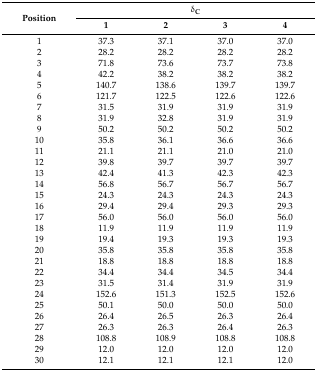
<table><thead><tr><td rowspan="2"><b>Position</b></td><td colspan="4"><b>δ<sub>C</sub></b></td></tr><tr><td><b>1</b></td><td><b>2</b></td><td><b>3</b></td><td><b>4</b></td></tr></thead><tbody><tr><td>1</td><td>37.3</td><td>37.1</td><td>37.0</td><td>37.0</td></tr><tr><td>2</td><td>28.2</td><td>28.2</td><td>28.2</td><td>28.2</td></tr><tr><td>3</td><td>71.8</td><td>73.6</td><td>73.7</td><td>73.8</td></tr><tr><td>4</td><td>42.2</td><td>38.2</td><td>38.2</td><td>38.2</td></tr><tr><td>5</td><td>140.7</td><td>138.6</td><td>139.7</td><td>139.7</td></tr><tr><td>6</td><td>121.7</td><td>122.5</td><td>122.6</td><td>122.6</td></tr><tr><td>7</td><td>31.5</td><td>31.9</td><td>31.9</td><td>31.9</td></tr><tr><td>8</td><td>31.9</td><td>32.8</td><td>31.9</td><td>31.9</td></tr><tr><td>9</td><td>50.2</td><td>50.2</td><td>50.2</td><td>50.2</td></tr><tr><td>10</td><td>35.8</td><td>36.1</td><td>36.6</td><td>36.6</td></tr><tr><td>11</td><td>21.1</td><td>21.1</td><td>21.0</td><td>21.0</td></tr><tr><td>12</td><td>39.8</td><td>39.7</td><td>39.7</td><td>39.7</td></tr><tr><td>13</td><td>42.4</td><td>41.3</td><td>42.3</td><td>42.3</td></tr><tr><td>14</td><td>56.8</td><td>56.7</td><td>56.7</td><td>56.7</td></tr><tr><td>15</td><td>24.3</td><td>24.3</td><td>24.3</td><td>24.3</td></tr><tr><td>16</td><td>29.4</td><td>29.4</td><td>29.3</td><td>29.3</td></tr><tr><td>17</td><td>56.0</td><td>56.0</td><td>56.0</td><td>56.0</td></tr><tr><td>18</td><td>11.9</td><td>11.9</td><td>11.9</td><td>11.9</td></tr><tr><td>19</td><td>19.4</td><td>19.3</td><td>19.3</td><td>19.3</td></tr><tr><td>20</td><td>35.8</td><td>35.8</td><td>35.8</td><td>35.8</td></tr><tr><td>21</td><td>18.8</td><td>18.8</td><td>18.8</td><td>18.8</td></tr><tr><td>22</td><td>34.4</td><td>34.4</td><td>34.5</td><td>34.4</td></tr><tr><td>23</td><td>31.5</td><td>31.4</td><td>31.9</td><td>31.9</td></tr><tr><td>24</td><td>152.6</td><td>151.3</td><td>152.5</td><td>152.6</td></tr><tr><td>25</td><td>50.1</td><td>50.0</td><td>50.0</td><td>50.0</td></tr><tr><td>26</td><td>26.4</td><td>26.5</td><td>26.3</td><td>26.4</td></tr><tr><td>27</td><td>26.3</td><td>26.3</td><td>26.4</td><td>26.3</td></tr><tr><td>28</td><td>108.8</td><td>108.9</td><td>108.8</td><td>108.8</td></tr><tr><td>29</td><td>12.0</td><td>12.0</td><td>12.0</td><td>12.0</td></tr><tr><td>30</td><td>12.1</td><td>12.1</td><td>12.1</td><td>12.0</td></tr></tbody></table>